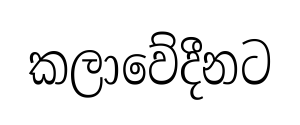
කලාවේදීනට